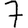
Digit: 7